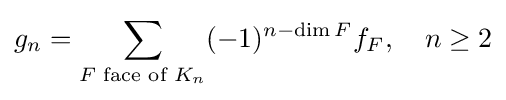
g_{n}=\sum _{F{\text{ face of }}K_{n}}(-1)^{n-\dim F}f_{F},\quad n\geq 2